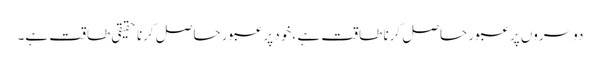
دوسروں پر عبور حاصل کرنا طاقت ہے ، خود پر عبور حاصل کرنا حقیقی طاقت ہے۔